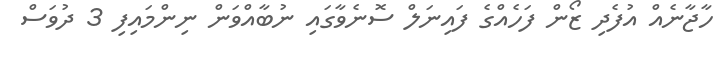
ހާޖާނެއް އުފެދި ޒޯން ފަހެއްގެ ފައިނަލް ސޮނެވާގައި ނުބާއްވަން ނިންމައިފި 3 ދުވަސް